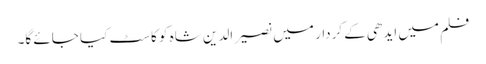
فلم میں ایدھی کے کردار میں نصیر الدین شاہ کو کاسٹ کیا جائے گا۔